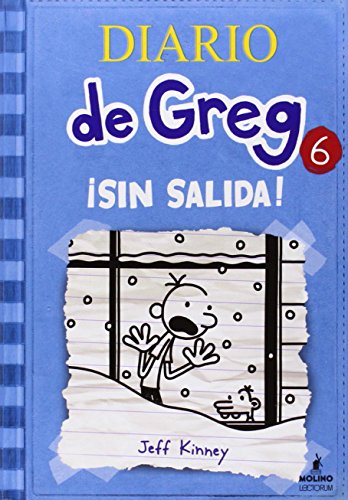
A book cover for Diario de Greg 6 sin salida (Spanish Edition) (Diario De Greg / Diary of a Wimpy Kid); Jeff Kinney; Teen & Young Adult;